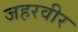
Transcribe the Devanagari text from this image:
जहरवीर